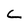
Character: L